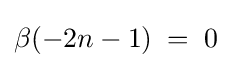
\beta (-2n-1)\;=\;0